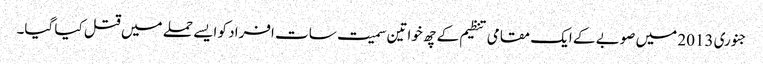
جنوری 2013 میں صوبے کے ایک مقامی تنظیم کے چھ خواتین سمیت سات افراد کو ایسے حملے میں قتل کیا گیا۔